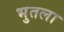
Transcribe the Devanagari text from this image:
भुतला